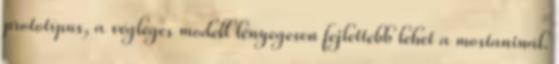
prototípus, a végleges modell lényegesen fejlettebb lehet a mostaninál.